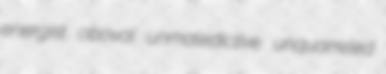
energist oboval unmaledictive unquarreled